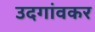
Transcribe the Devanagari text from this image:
उदगांवकर